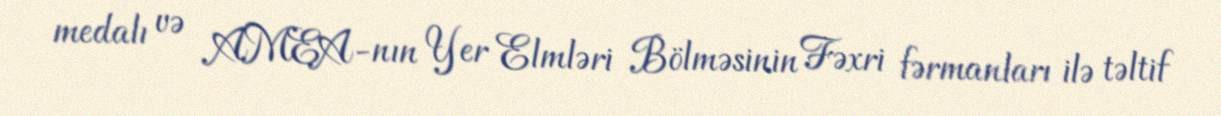
medalı və AMEA-nın Yer Elmləri Bölməsinin Fəxri fərmanları ilə təltif